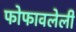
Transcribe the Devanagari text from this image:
फोफावलेली